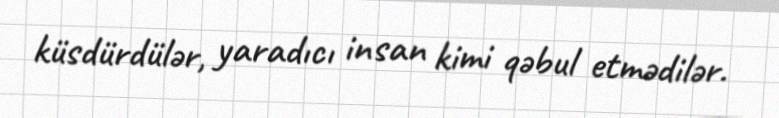
küsdürdülər, yaradıcı insan kimi qəbul etmədilər.